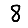
Digit: 8